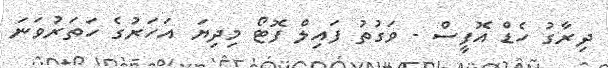
ދިރާގު ހެޑް އޮފީސް - ވަގުތު ފައިލް ފޮޓޯ މިދިޔަ އަހަރުގެ ހަތަރުވަނަ